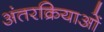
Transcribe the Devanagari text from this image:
अंतरक्रियाओं